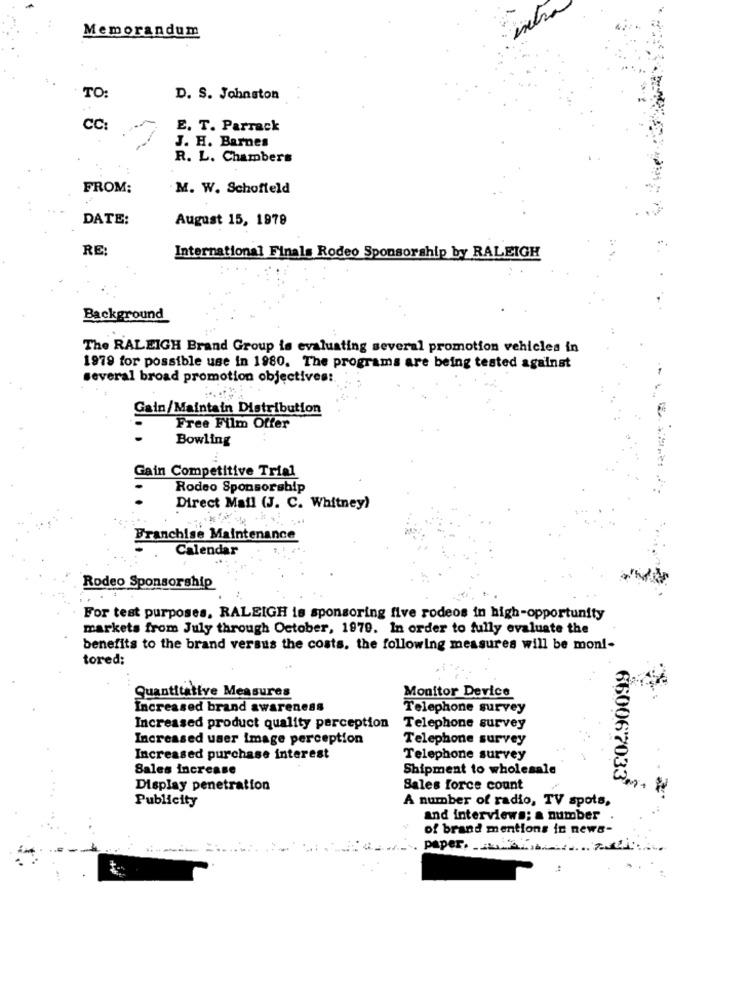
Memorandum
TO:
D. S. Johnston
CC:
E. T. Parrack
J. H. Barnes
R. L. Chambers
FROM:
M. W. Schofield
DATE:
August 15, 1979
RE
International Finals Rodeo Sponsorship by RALEIGH
Background
The RALEIGH Brand Group is evaluating several promotion vehicles in
1979 for possible use in 1980. The programs are being tested against
several broad promotion objectives :.
Gain/Maintain Distribution
Free Film Offer
Bowling
Gain Competitive Trial
Rodeo Sponsorship
Direct Mail (J. C. Whitney)
Franchise Maintenance
Calendar
Rodeo Sponsorship
For test purposes, RALEIGH is sponsoring five rodeos in high-opportunity
markets from July through October, 1979. In order to fully evaluate the
benefits to the brand versus the costs. the following measures will be mon !-
tored;
Quantitative Measures
Monitor Device
Increased brand awareness
Telephone survey
Increased product quality perception
Telephone survey
Increased user image perception
Telephone survey
Increased purchase interest
Telephone survey
Sales increase
Shipment to wholesale
Display penetration
Sales force count
660067033
Publicity
A number of radio, TV spots,
and interviews; a number
of brand mentions in news-
paper.